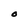
Character: O